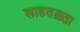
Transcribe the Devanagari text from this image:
शाहतख़्ता